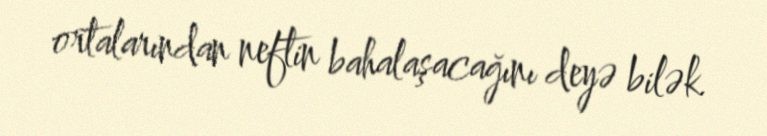
ortalarından neftin bahalaşacağını deyə bilək.